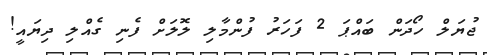
ޖުޔަލް ހޯދަން ބައްޕަ 2 ފަހަރު ފުންމާލި ލޮލަށް ފެނި ގެއްލި ދިޔައީ!